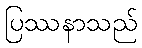
ပြဿနာသည်